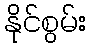
နိုင်စွမ်း